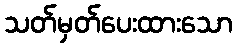
သတ်မှတ်ပေးထားသော